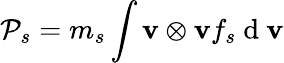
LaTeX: \mathcal{P}_{s}=m_{s}\int\mathbf{v}\otimes\mathbf{v}f_{s}\mathrm{~d~}\mathbf{v}